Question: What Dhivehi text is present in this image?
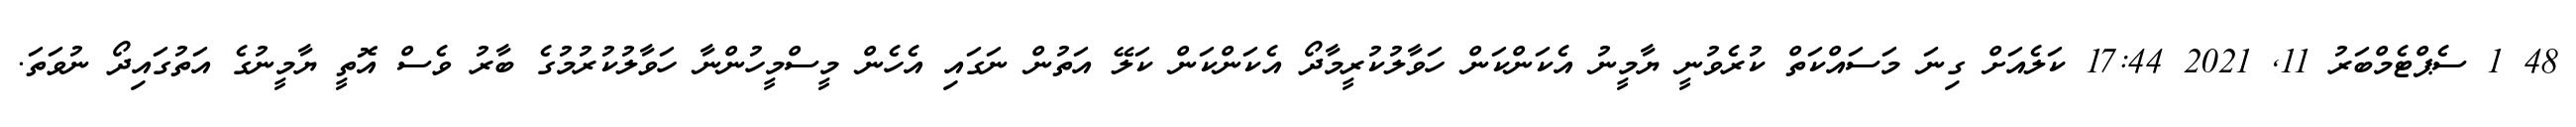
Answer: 48 1 ސެޕްޓެމްބަރު 11, 2021 17:44 ކަލެއަށް ގިނަ މަސައްކަތް ކުރެވުނީ ޔާމީނު އެކަންކަން ހަވާލުކުރީމާދޯ އެކަންކަން ކަލޭ އަތުން ނަގައި އެހެން މީސްމީހުންނާ ހަވާލުކުރުމުގެ ބާރު ވެސް އޮތީ ޔާމީނުގެ އަތުގައިދޯ ނުވަތަ.